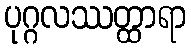
ပုဂ္ဂလဿတ္ထာရာ